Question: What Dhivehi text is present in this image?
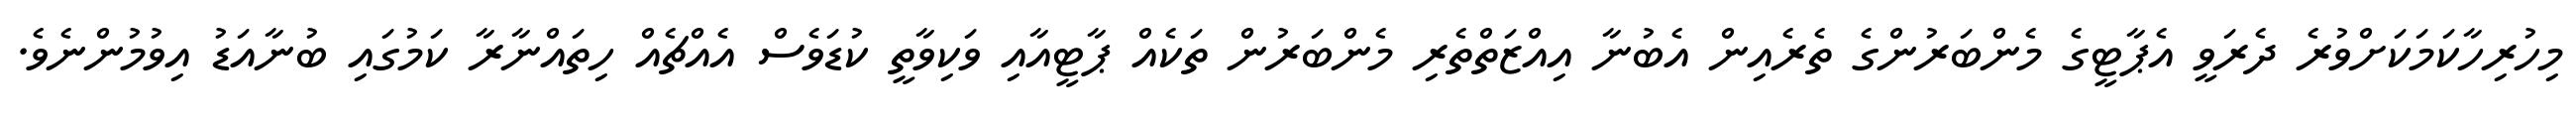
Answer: މިހުރިހާކަމަކަށްވުރެ ދެރަވީ އެޕާޓީގެ މެންބަރުންގެ ތެރެއިން އެބުނާ އިއްޒަތްތެރި މެންބަރުން ތަކެއް ޕާޓީއާއި ވަކިވާތީ ކުޑަވެސް އެއްޗެއް ހިތައްނާރާ ކަމުގައި ބުނާއަޑު އިވުމުންނެވެ.